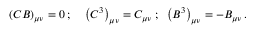
\left( C B \right) _ { \mu \nu } = 0 \, ; \; \; \; \; \left( C ^ { 3 } \right) _ { \mu \nu } = C _ { \mu \nu } \; ; \; \; \left( B ^ { 3 } \right) _ { \mu \nu } = - B _ { \mu \nu } \, .